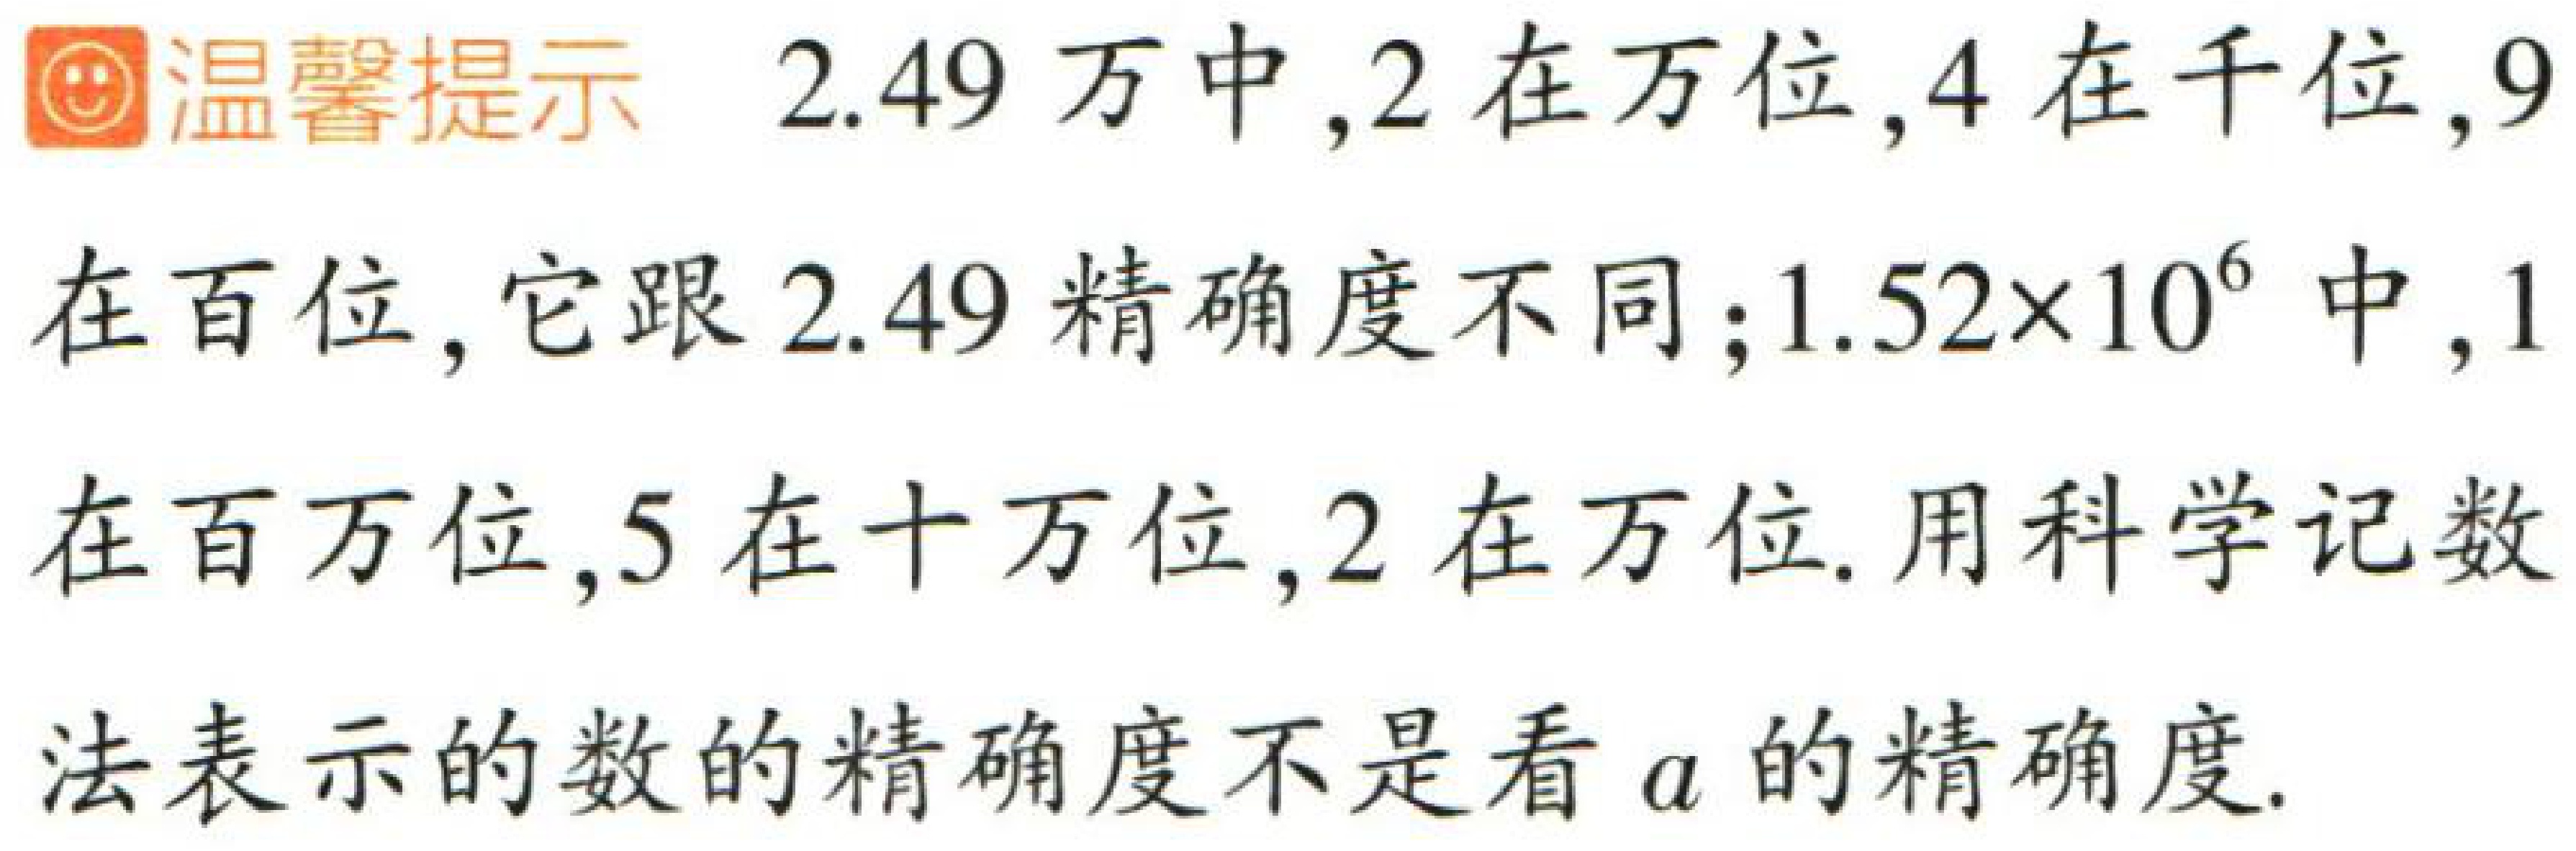
温馨提示  \(2.49\)万中，\(2\)在万位，\(4\)在千位，\(9\)在百位，它跟\(2.49\)精确度不同；\(1.52\times10^{6}\)中，\(1\)在百万位，\(5\)在十万位，\(2\)在万位. 用科学记数法表示的数的精确度不是看\(a\)的精确度.